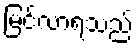
မြင်လာရသည်